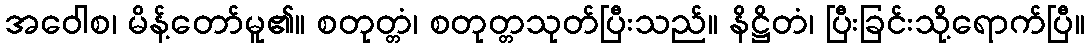
အဝေါစ၊ မိန့်တော်မူ၏။ စတုတ္တံ၊ စတုတ္တသုတ်ပြီးသည်။ နိဋ္ဌိတံ၊ ပြီးခြင်းသို့ရောက်ပြီ။